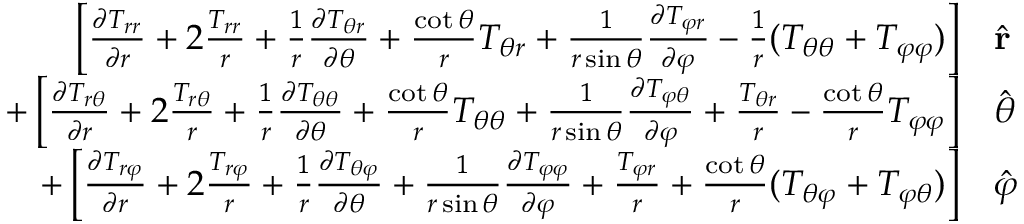
\begin{array} { r l } { \left[ { \frac { \partial T _ { r r } } { \partial r } } + 2 { \frac { T _ { r r } } { r } } + { \frac { 1 } { r } } { \frac { \partial T _ { \theta r } } { \partial \theta } } + { \frac { \cot \theta } { r } } T _ { \theta r } + { \frac { 1 } { r \sin \theta } } { \frac { \partial T _ { \varphi r } } { \partial \varphi } } - { \frac { 1 } { r } } ( T _ { \theta \theta } + T _ { \varphi \varphi } ) \right] } & { { } { \hat { \mathbf { r } } } } \\ { + \left[ { \frac { \partial T _ { r \theta } } { \partial r } } + 2 { \frac { T _ { r \theta } } { r } } + { \frac { 1 } { r } } { \frac { \partial T _ { \theta \theta } } { \partial \theta } } + { \frac { \cot \theta } { r } } T _ { \theta \theta } + { \frac { 1 } { r \sin \theta } } { \frac { \partial T _ { \varphi \theta } } { \partial \varphi } } + { \frac { T _ { \theta r } } { r } } - { \frac { \cot \theta } { r } } T _ { \varphi \varphi } \right] } & { { } { \hat { \boldsymbol { \theta } } } } \\ { + \left[ { \frac { \partial T _ { r \varphi } } { \partial r } } + 2 { \frac { T _ { r \varphi } } { r } } + { \frac { 1 } { r } } { \frac { \partial T _ { \theta \varphi } } { \partial \theta } } + { \frac { 1 } { r \sin \theta } } { \frac { \partial T _ { \varphi \varphi } } { \partial \varphi } } + { \frac { T _ { \varphi r } } { r } } + { \frac { \cot \theta } { r } } ( T _ { \theta \varphi } + T _ { \varphi \theta } ) \right] } & { { } { \hat { \boldsymbol { \varphi } } } } \end{array}